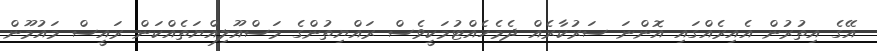
އޭގެ އިތުރުން އެއިރެއްގައި އޮންނަ ސަރުކާރެއް ދެމެހެއްޓުމަކީވެސް ރައްޔިތުންގެ މަސްއޫލިއްޔަތެއްކަން ރައީސް މައުމޫން